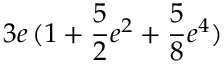
3 e \, ( 1 + \frac 5 2 e ^ { 2 } + \frac 5 8 e ^ { 4 } )